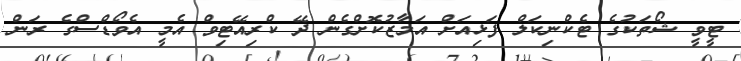
ޓީވީ ޝޯތަކުގެ ޓެކްނިކަލް ފަޅިއަށް އަމާޒުކޮށްގެން ދޭ ކްރިއޭޓިވް އެމީ އެވޯޑްސްގެ ރަން